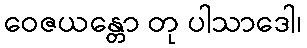
ဝေဇယန္တော တု ပါသာဒေါ၊